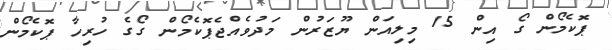
ޕޮކެމޯން ގޯ އިން 15 މިލިއަން ޔޫޒަރުން މަދުވެއްޖެޕޮކެމޯން ގޯގެ ހުރިހާ ޕޮކެމޯން